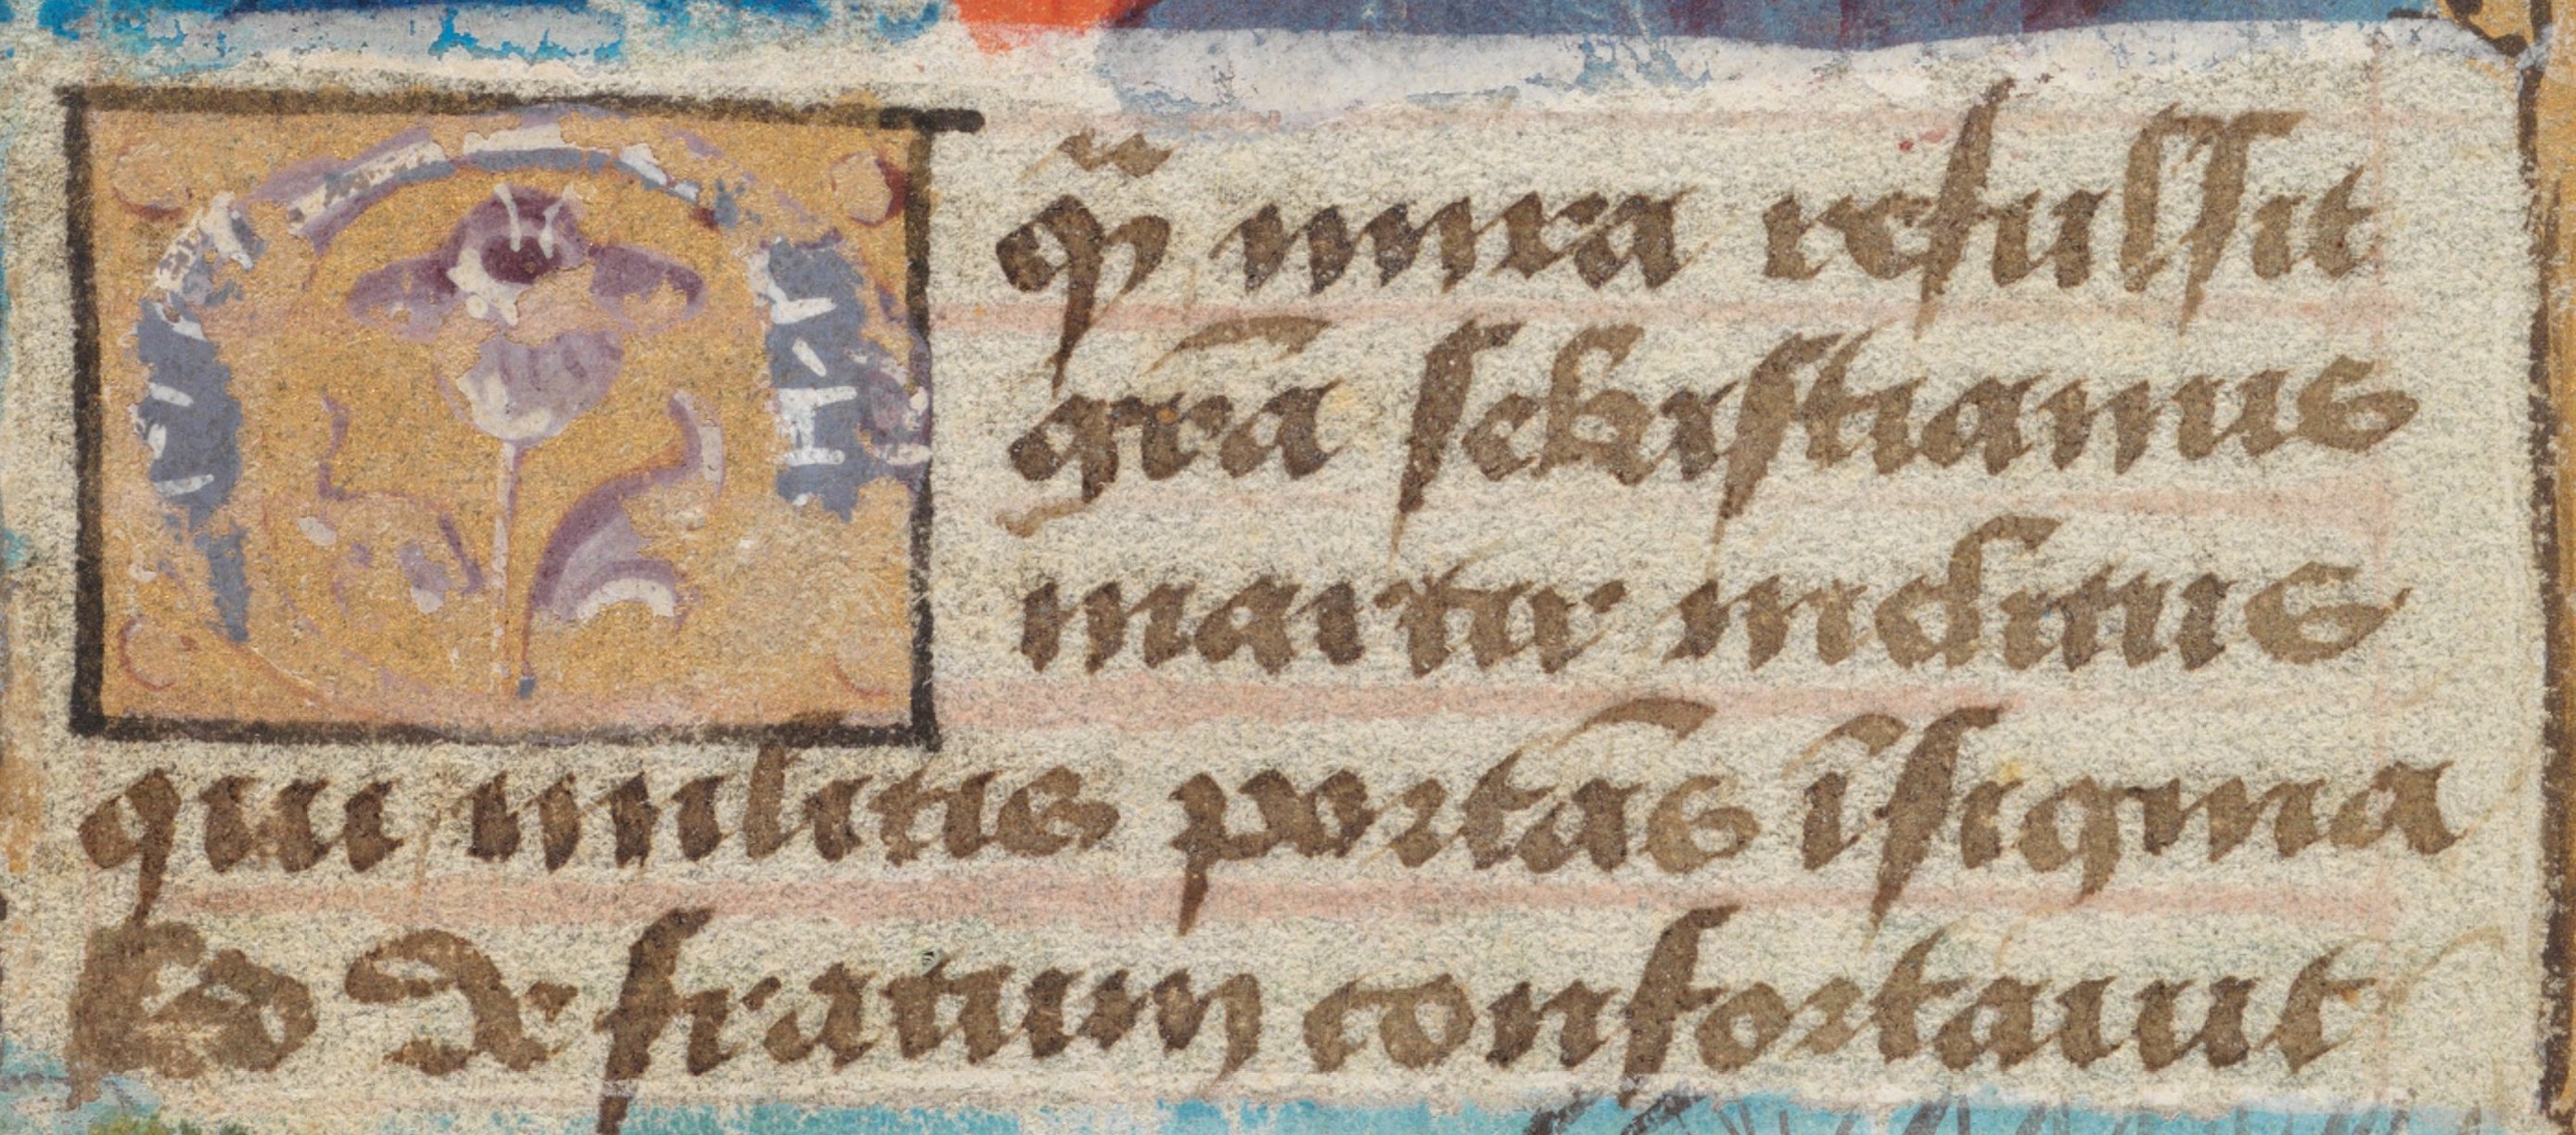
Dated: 1485–1515